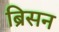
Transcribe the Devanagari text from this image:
ब्रिसन